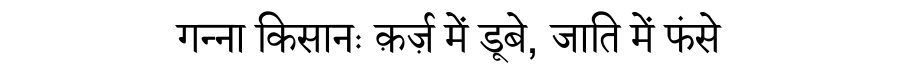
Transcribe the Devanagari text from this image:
गन्ना किसानः क़र्ज़ में डूबे, जाति में फंसे